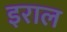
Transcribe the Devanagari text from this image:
इराल